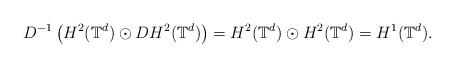
\begin{align*} D^{-1}\left(H^2(\mathbb{T}^d) \odot D H^2(\mathbb{T}^d)\right) = H^2(\mathbb{T}^d) \odot H^2(\mathbb{T}^d) = H^1(\mathbb{T}^d). \end{align*}